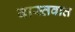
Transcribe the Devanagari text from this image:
वास्‍तवात